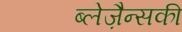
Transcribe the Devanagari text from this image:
ब्लेज़ैन्सकी